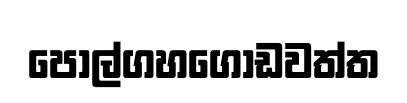
පොල්ගහගොඩවත්ත